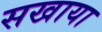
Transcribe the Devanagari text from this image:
सखाया